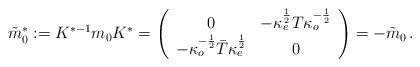
LaTeX: \begin{align*}\tilde{m}_{0}^{\ast }:=K^{\ast -1}m_{0}K^{\ast }=\left( \begin{array}{cc}0 & -\kappa _{e}^{\frac{1}{2}}T\kappa _{o}^{-{\frac{1}{2}}} \\ -\kappa _{o}^{-{\frac{1}{2}}}\bar{T}\kappa _{e}^{\frac{1}{2}} & 0\end{array}\right) =-\tilde{m}_{0}\,. \end{align*}